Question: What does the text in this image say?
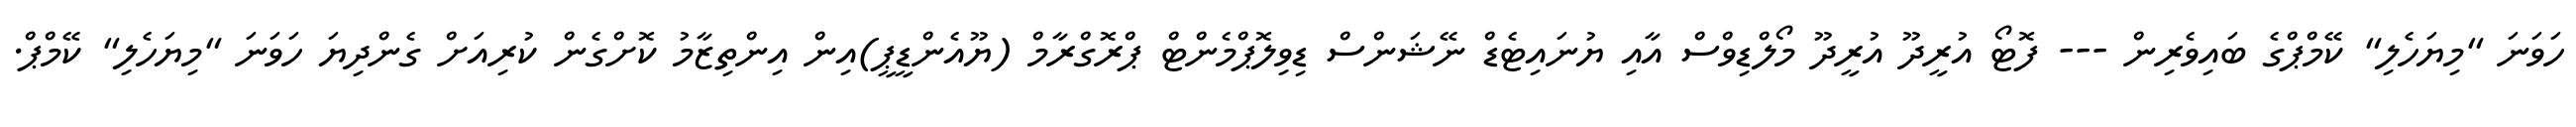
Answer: ހަވަނަ "މިޔަހެލި" ކޭމްޕްގެ ބައިވެރިން --- ފޮޓޯ އުރީދޫ އުރީދޫ މޯލްޑިވްސް އާއި ޔުނައިޓެޑް ނޭޝަންސް ޑިވިލޮޕްމެންޓް ޕްރޮގްރާމް (ޔޫއެންޑީޕީ)އިން އިންތިޒާމު ކޮށްގެން ކުރިއަށް ގެންދިޔަ ހަވަނަ "މިޔަހެލި" ކޭމްޕް.